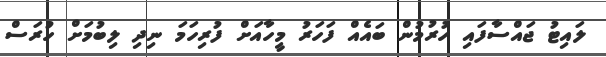
ލައިޓު ޖައްސާފައި ހުރުމުން ބައެއް ފަހަރު މީހާއަށް ފުރިހަމަ ނިދި ލިބުމަށް ހުރަސް